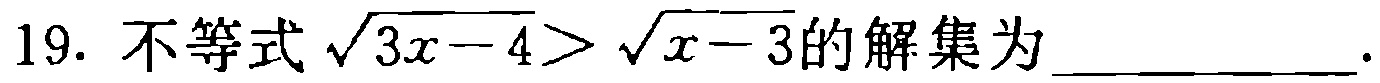
19. 不等式\(\sqrt{3x - 4}>\sqrt{x - 3}\)的解集为____________.